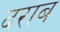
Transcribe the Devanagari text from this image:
दराब